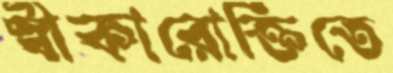
স্বীকারোক্তিতে